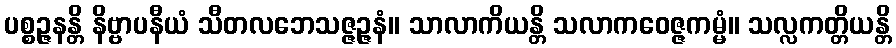
ပစ္စဉ္ဇနန္တိ နိဗ္ဗာပနီယံ သီတလဘေသဇ္ဇဉ္ဇနံ။ သာလာကိယန္တိ သလာကဝေဇ္ဇကမ္မံ။ သလ္လကတ္တိယန္တိ